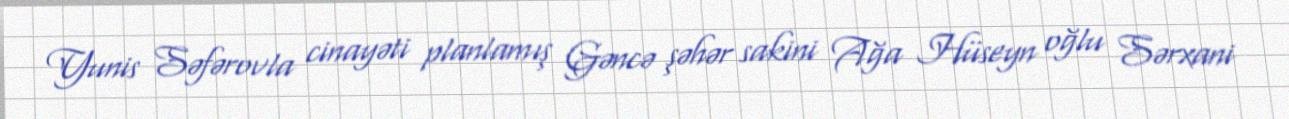
Yunis Səfərovla cinayəti planlamış Gəncə şəhər sakini Ağa Hüseyn oğlu Sərxani